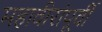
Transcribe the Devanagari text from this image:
महावीरांंपूर्वी